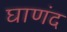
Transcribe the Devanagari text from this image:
घाणंद